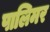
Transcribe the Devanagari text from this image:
पालिमर